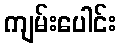
ကျမ်းပေါင်း